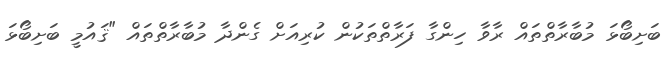
ބަށިބޯޅަ މުބާރާތްތައް ރާވާ ހިންގާ ފަރާތްތަކުން ކުރިއަށް ގެންދާ މުބާރާތްތައް "ޤައުމީ ބަށިބޯޅަ